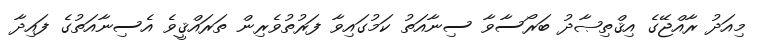
މިއަދު ރާއްޖޭގެ އިޤްތިޞާދު ބަރޯސާވާ ސިނާއަތު ކަމުގައިވާ ފަރުތުވެރިން ތަރައްޤީވެ އެސިނާއަތުގެ ފައިދާ